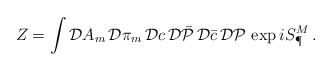
\begin{align*}Z= \int {\cal D} A_m \,{\cal D}\pi_m \,{\cal D}c \,{\cal D} \bar {\cal P}\,{\cal D}\bar c\, {\cal D}{\cal P} \, \exp iS^M_\P\,.\end{align*}